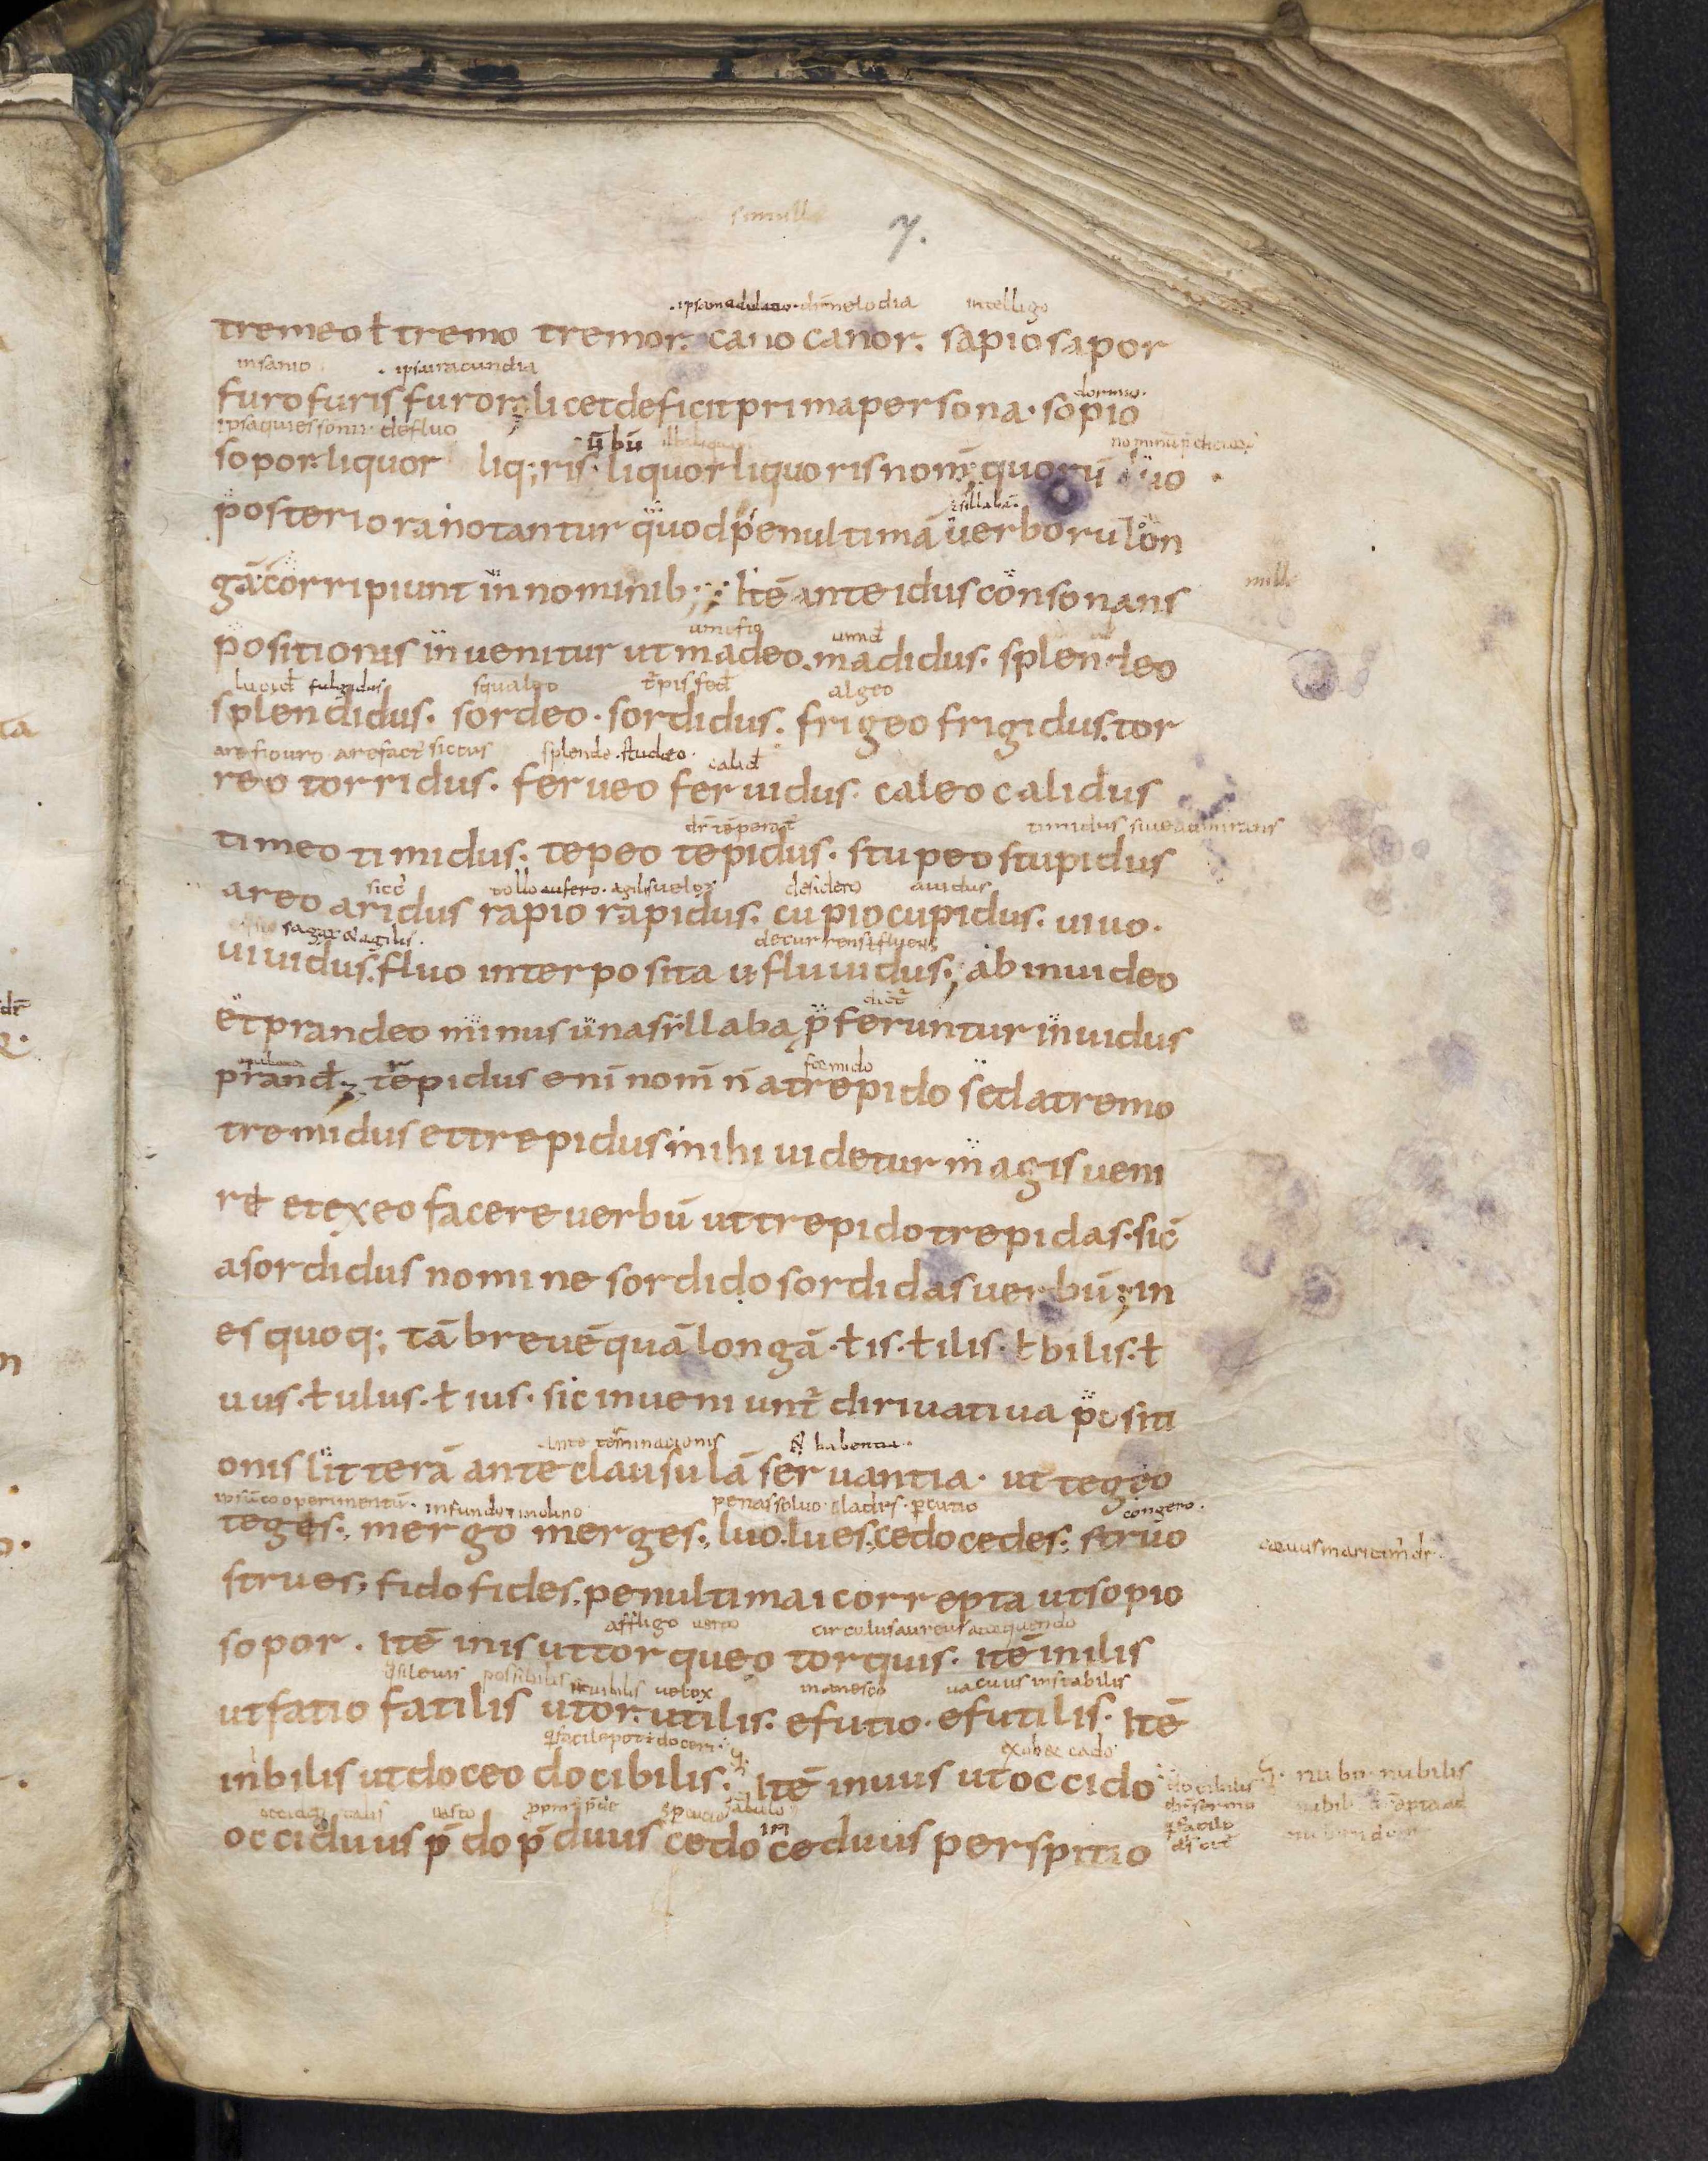
Shelfmark: Leiden, Bibliotheek der Rijksuniversiteit, Voss. Lat. O 41
Century: 9